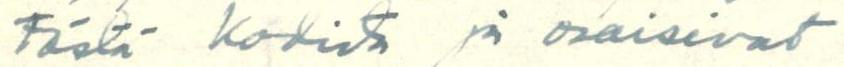
tästä kodista ja osaisivat